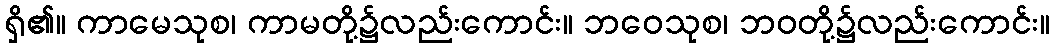
ရှိ၏။ ကာမေသုစ၊ ကာမတို့၌လည်းကောင်း။ ဘဝေသုစ၊ ဘဝတို့၌လည်းကောင်း။